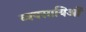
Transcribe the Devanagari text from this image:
व्यवसायिओं